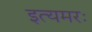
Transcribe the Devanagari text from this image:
इत्यमरः